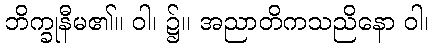
ဘိက္ခုနီမ၏။ ဝါ၊ ၌။ အညာတိကသညိနော ဝါ၊